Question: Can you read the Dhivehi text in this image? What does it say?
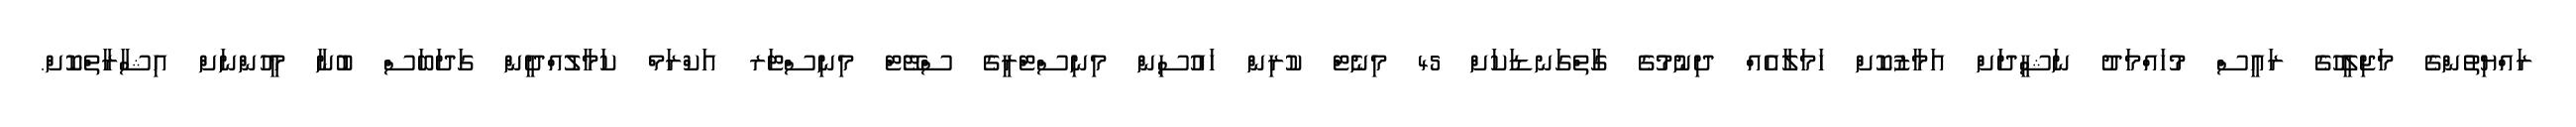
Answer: ރައްޔިތުންގެ މަޖިލީހުގެ ރައީސް މުހައްމަދު ނަޝީދަށް އަމާޒުކޮށް ހަމަލާއެއް ދިނުމުގެ ގާތްގަނޑަކަށް 45 މިނެޓް ކުރިން ހައުސިން މިނިސްޓްރީގެ ސްޓޭޓް މިނިސްޓަރ އަކްރަމް ކަމާލުއްދީން ގަދަބަސް ބުނާ މީހުންނަށް އިޝާރާތްކޮށް.